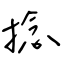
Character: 捻